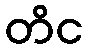
တိင